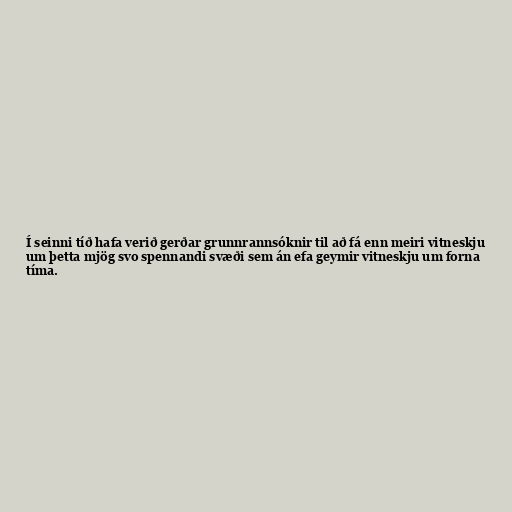
Í seinni tíð hafa verið gerðar grunnrannsóknir til að fá enn meiri vitneskju
um þetta mjög svo spennandi svæði sem án efa geymir vitneskju um forna
tíma.